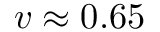
v \approx 0 . 6 5